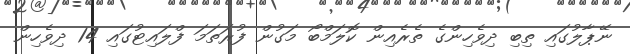
ނޭޕާލުގައި ތިބި ދިވެހިންގެ ތެރެއިން ކޮލަމްބޯ މަގުން ފުރަތަމަ ފްލައިޓުގައި 14 ދިވެހިން